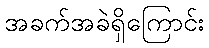
အခက်အခဲရှိကြောင်း